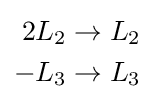
{\begin{aligned}2L_{2}&\to L_{2}\\-L_{3}&\to L_{3}\end{aligned}}